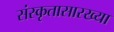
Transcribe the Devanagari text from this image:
संस्कृतासारख्या